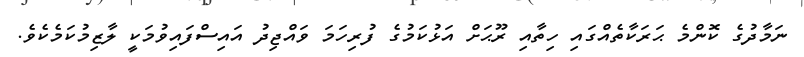
ނަމާދުގެ ކޮންމެ ޙަރަކާތެއްގައި ހިތާއި ރޫޙަށް އަޅުކަމުގެ ފުރިހަމަ ވައްޖިދު އައިސްފައިވުމަކީ ލާޒިމުކަމެކެވެ.